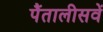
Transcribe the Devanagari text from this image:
पैंतालीसवें